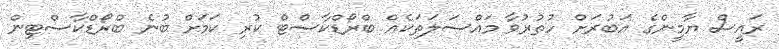
ރައީސް ޔާމީންގެ އަބުރަށް ހުތުރުވާ މައްސަލަތަކެއް ބްރޯޑްކާސްޓް ކުރި ކަމަށް ބުނެ ބްރޯޑްކާސްޓިން